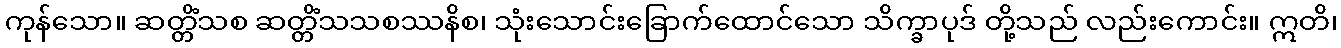
ကုန်သော။ ဆတ္တိံသစ ဆတ္တိံသသစဿနိစ၊ သုံးသောင်းခြောက်ထောင်သော သိက္ခာပုဒ် တို့သည် လည်းကောင်း။ ဣတိ၊